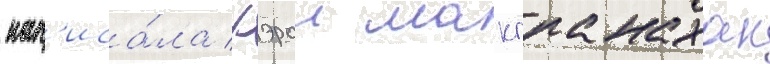
 нап'иса́ла кэрол макгранахан